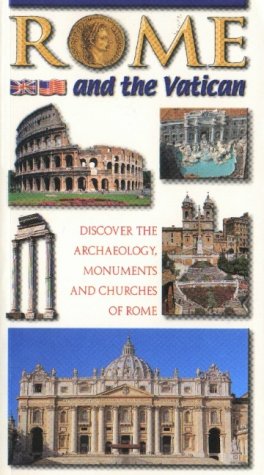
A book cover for Rome and the Vatican; Travel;